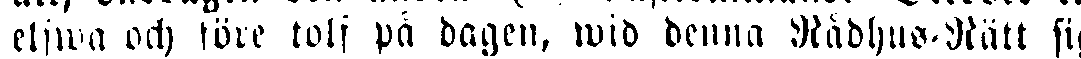
elfwa och före tolf på dagen, wid denna Rådhus-Rätt sig